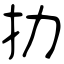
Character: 劧